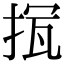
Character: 𢭨